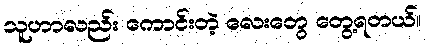
သူဟာလည်း ကောင်းတဲ့ လေးတွေ တွေ့ရတယ်။